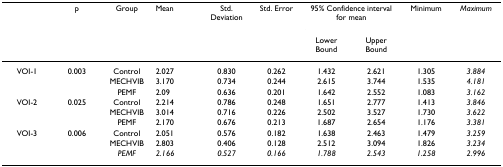
<table><thead><tr><td></td><td><b>p</b></td><td><b>Group</b></td><td><b>Mean</b></td><td><b>Std. Deviation</b></td><td><b>Std. Error</b></td><td colspan="2"><b>95% Confidence interval for mean</b></td><td><b>Minimum</b></td><td><b><i>Maximum</i></b></td></tr><tr><td></td><td></td><td></td><td></td><td></td><td></td><td><b>Lower Bound</b></td><td><b>Upper Bound</b></td><td></td><td></td></tr></thead><tbody><tr><td>VOI-1</td><td>0.003</td><td>Control</td><td>2.027</td><td>0.830</td><td>0.262</td><td>1.432</td><td>2.621</td><td>1.305</td><td><i>3.884</i></td></tr><tr><td></td><td></td><td>MECHVIB</td><td>3.170</td><td>0.734</td><td>0.244</td><td>2.615</td><td>3.744</td><td>1.535</td><td><i>4.181</i></td></tr><tr><td></td><td></td><td>PEMF</td><td>2.09</td><td>0.636</td><td>0.201</td><td>1.642</td><td>2.552</td><td>1.083</td><td><i>3.162</i></td></tr><tr><td>VOI-2</td><td>0.025</td><td>Control</td><td>2.214</td><td>0.786</td><td>0.248</td><td>1.651</td><td>2.777</td><td>1.413</td><td><i>3.846</i></td></tr><tr><td></td><td></td><td>MECHVIB</td><td>3.014</td><td>0.716</td><td>0.226</td><td>2.502</td><td>3.527</td><td>1.730</td><td><i>3.622</i></td></tr><tr><td></td><td></td><td>PEMF</td><td>2.170</td><td>0.676</td><td>0.213</td><td>1.687</td><td>2.654</td><td>1.176</td><td><i>3.381</i></td></tr><tr><td>VOI-3</td><td>0.006</td><td>Control</td><td>2.051</td><td>0.576</td><td>0.182</td><td>1.638</td><td>2.463</td><td>1.479</td><td><i>3.259</i></td></tr><tr><td></td><td></td><td>MECHVIB</td><td>2.803</td><td>0.406</td><td>0.128</td><td>2.512</td><td>3.094</td><td>1.826</td><td><i>3.234</i></td></tr><tr><td></td><td></td><td><i>PEMF</i></td><td><i>2.166</i></td><td><i>0.527</i></td><td><i>0.166</i></td><td><i>1.788</i></td><td><i>2.543</i></td><td><i>1.258</i></td><td><i>2.996</i></td></tr></tbody></table>